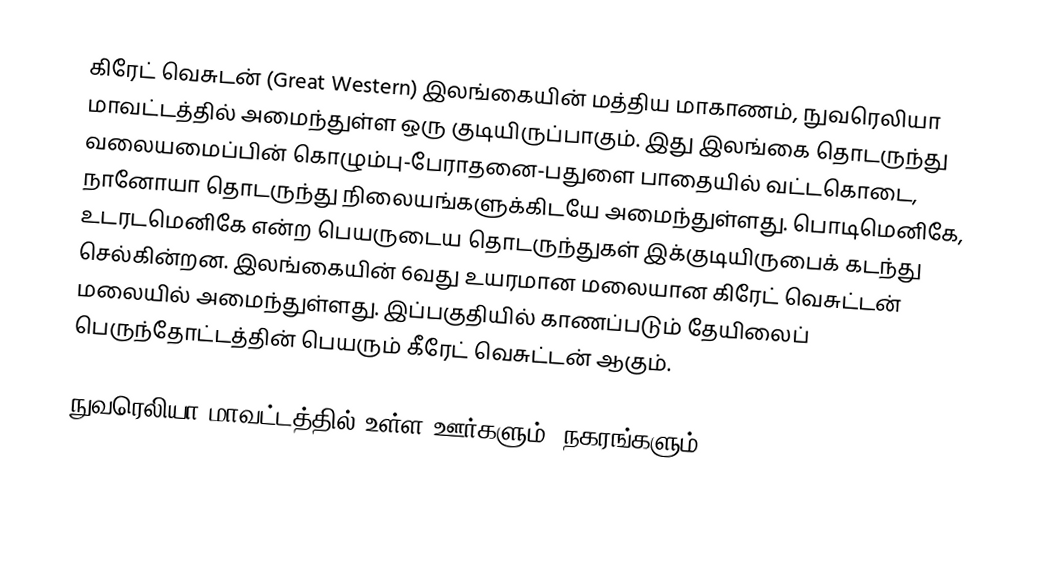
கிரேட் வெசுடன் (Great   Western) இலங்கையின்  மத்திய மாகாணம், நுவரெலியா மாவட்டத்தில் அமைந்துள்ள ஒரு குடியிருப்பாகும். இது இலங்கை தொடருந்து வலையமைப்பின் கொழும்பு-பேராதனை-பதுளை பாதையில் வட்டகொடை, நானோயா தொடருந்து நிலையங்களுக்கிடயே அமைந்துள்ளது. பொடிமெனிகே,   உடரடமெனிகே என்ற பெயருடைய தொடருந்துகள் இக்குடியிருபைக் கடந்து செல்கின்றன. இலங்கையின் 6வது உயரமான மலையான கிரேட் வெசுட்டன் மலையில் அமைந்துள்ளது. இப்பகுதியில் காணப்படும் தேயிலைப் பெருந்தோட்டத்தின் பெயரும் கீரேட் வெசுட்டன் ஆகும்.

நுவரெலியா மாவட்டத்தில் உள்ள ஊர்களும், நகரங்களும்